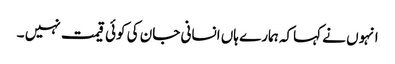
انہوں نے کہاکہ ہمارے ہاں انسانی جان کی کوئی قیمت نہیں ۔